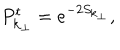
P _ { { \bf k } _ { \perp } } ^ { \mathrm { t } } = e ^ { - 2 S _ { { \bf k } _ { \perp } } } ,